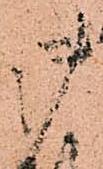
御